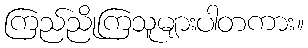
ကြည်ညိုကြသူများပါတကား။